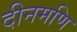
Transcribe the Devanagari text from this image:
दीनमणि